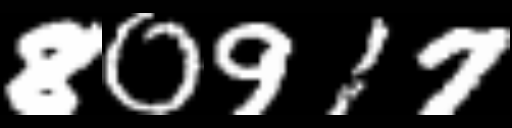
Text: 80917